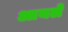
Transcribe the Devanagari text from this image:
आयले